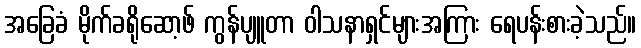
အခြေခံ မိုက်ခရိုဆော့ဖ် ကွန်ပျူတာ ဝါသနာရှင်များအကြား ရေပန်းစားခဲ့သည်။